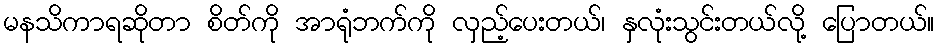
မနသိကာရဆိုတာ စိတ်ကို အာရုံဘက်ကို လှည့်ပေးတယ်၊ နှလုံးသွင်းတယ်လို့ ပြောတယ်။